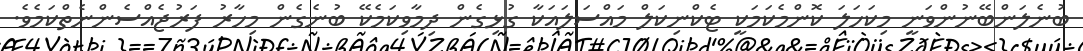
ބުނެލަންބޭނުންވަނީ މިކަހަލަ ކޮންމެކަމަކީ ޓެކްނިކަލް މައްސަލައަކާ ގުޅިގެން ދިމާވިކަމެކޭ ބުނެގެން މިހާރު ފަރުޖެއްސެންނެތްކަމެވެ.